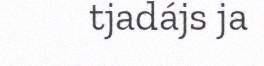
tjadájs ja